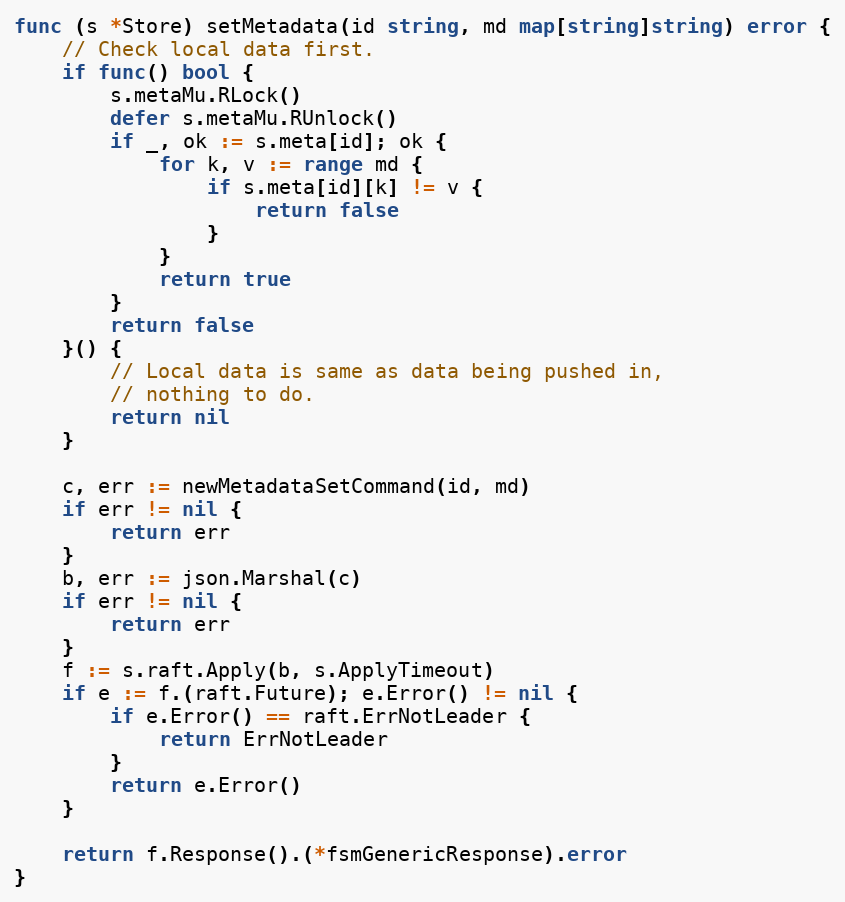
Language: Go
func (s *Store) setMetadata(id string, md map[string]string) error {
	// Check local data first.
	if func() bool {
		s.metaMu.RLock()
		defer s.metaMu.RUnlock()
		if _, ok := s.meta[id]; ok {
			for k, v := range md {
				if s.meta[id][k] != v {
					return false
				}
			}
			return true
		}
		return false
	}() {
		// Local data is same as data being pushed in,
		// nothing to do.
		return nil
	}

	c, err := newMetadataSetCommand(id, md)
	if err != nil {
		return err
	}
	b, err := json.Marshal(c)
	if err != nil {
		return err
	}
	f := s.raft.Apply(b, s.ApplyTimeout)
	if e := f.(raft.Future); e.Error() != nil {
		if e.Error() == raft.ErrNotLeader {
			return ErrNotLeader
		}
		return e.Error()
	}

	return f.Response().(*fsmGenericResponse).error
}